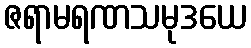
ဇရာမရဏသမုဒယေ